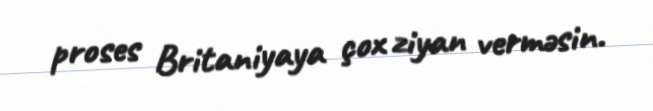
proses Britaniyaya çox ziyan verməsin.